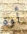
أوه